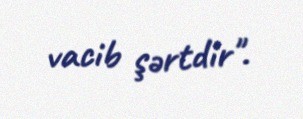
vacib şərtdir".